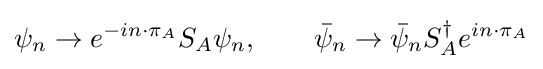
\psi _{n}\rightarrow e^{-in\cdot \pi _{A}}S_{A}\psi _{n},\ \ \ \ \ \ {\bar {\psi }}_{n}\rightarrow {\bar {\psi }}_{n}S_{A}^{\dagger }e^{in\cdot \pi _{A}}